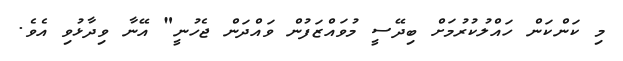
މި ކަންކަން ހައްލުކުރުމަށް ބިދޭސީ މުވައްޒަފުން ވައްދަން ޖެހުނީ" އޭނާ ވިދާޅުވި އެވެ.